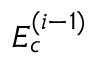
E _ { c } ^ { ( i - 1 ) }